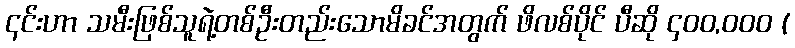
၎င်းဟာ သမီးဖြစ်သူရဲ့တစ်ဦးတည်းသောမိခင်အတွက် ဖိလစ်ပိုင် ပီဆို ၄၀၀,ဝဝဝ (